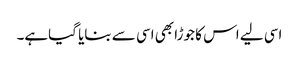
اسی لیے اس کا جوڑا بھی اسی سے بنایا گیاہے۔